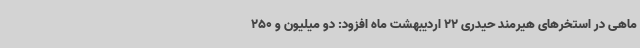
ماهی در استخرهای هیرمند حیدری 22 اردیبهشت ماه افزود: دو میلیون و 250